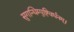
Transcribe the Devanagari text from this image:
सुगन्धिम्पुष्टिवर्धनम्‌।